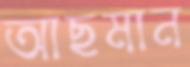
আছমান